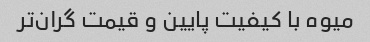
میوه با کیفیت پایین و قیمت گران‌تر